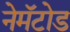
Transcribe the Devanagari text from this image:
नेमॅटोड